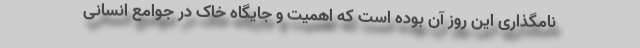
نامگذاری این روز آن بوده است که اهمیت و جایگاه خاک در جوامع انسانی